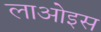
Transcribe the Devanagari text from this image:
लाओइस